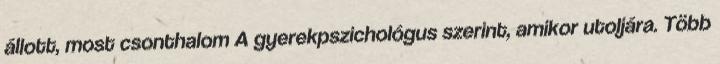
állott, most csonthalom A gyerekpszichológus szerint, amikor utoljára. Több